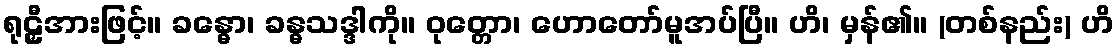
ရုဠှီအားဖြင့်။ ခန္ဓော၊ ခန္ဓသဒ္ဒါကို။ ဝုတ္တော၊ ဟောတော်မူအပ်ပြီ။ ဟိ၊ မှန်၏။ (တစ်နည်း) ဟိ